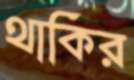
থাকির